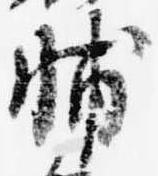
輔